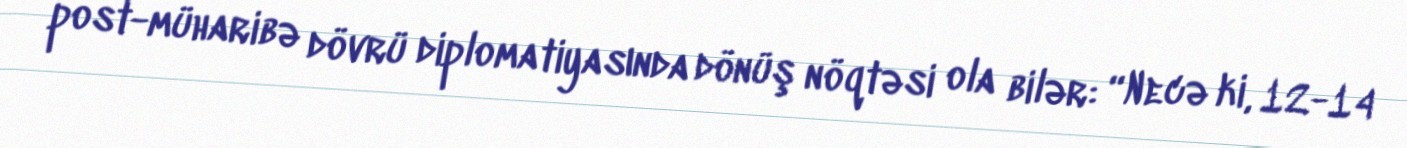
post-müharibə dövrü diplomatiyasında dönüş nöqtəsi ola bilər: “Necə ki, 12-14